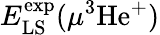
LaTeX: E_{\mathrm{LS}}^{\mathrm{exp}}(\mu^{3}\mathrm{He}^{+})